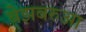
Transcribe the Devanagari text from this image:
बेझबरुआ